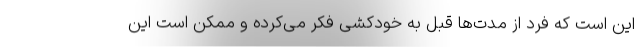
این است که فرد از مدت‌ها قبل به خودکشی فکر می‌کرده و ممکن است این